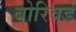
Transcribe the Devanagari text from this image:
बोरिवडे